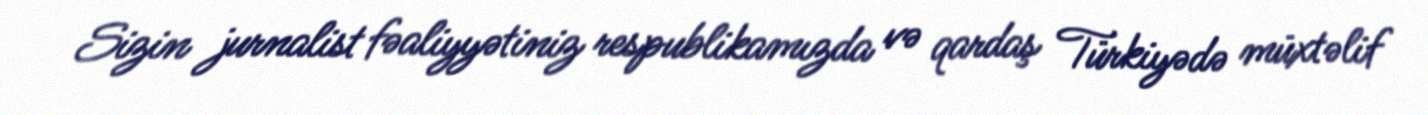
Sizin jurnalist fəaliyyətiniz respublikamızda və qardaş Türkiyədə müxtəlif